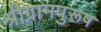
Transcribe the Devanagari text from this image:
श्रीग्रामपुरूष